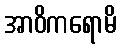
အာဝိကရောမိ